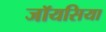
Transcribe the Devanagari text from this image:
जॉयसिया